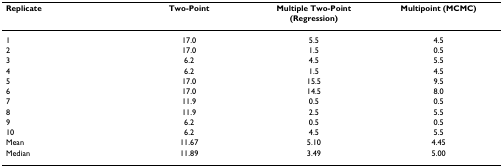
<table><thead><tr><td><b>Replicate</b></td><td><b>Two-Point</b></td><td><b>Multiple Two-Point (Regression)</b></td><td><b>Multipoint (MCMC)</b></td></tr></thead><tbody><tr><td>1</td><td>17.0</td><td>5.5</td><td>4.5</td></tr><tr><td>2</td><td>17.0</td><td>1.5</td><td>0.5</td></tr><tr><td>3</td><td>6.2</td><td>4.5</td><td>5.5</td></tr><tr><td>4</td><td>6.2</td><td>1.5</td><td>4.5</td></tr><tr><td>5</td><td>17.0</td><td>15.5</td><td>9.5</td></tr><tr><td>6</td><td>17.0</td><td>14.5</td><td>8.0</td></tr><tr><td>7</td><td>11.9</td><td>0.5</td><td>0.5</td></tr><tr><td>8</td><td>11.9</td><td>2.5</td><td>5.5</td></tr><tr><td>9</td><td>6.2</td><td>0.5</td><td>0.5</td></tr><tr><td>10</td><td>6.2</td><td>4.5</td><td>5.5</td></tr><tr><td>Mean</td><td>11.67</td><td>5.10</td><td>4.45</td></tr><tr><td>Median</td><td>11.89</td><td>3.49</td><td>5.00</td></tr></tbody></table>